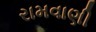
રામવાણી